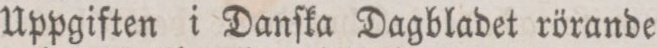
Uppgiften i Danſka Dagbladet rörande